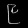
Digit: ၉